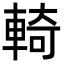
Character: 輢